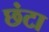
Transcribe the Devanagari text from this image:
छंटा